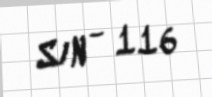
S/N - 116